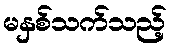
မနှစ်သက်သည့်